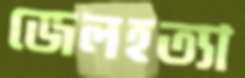
জেলহত্যা